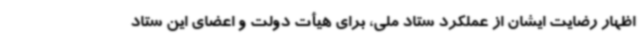
اظهار رضایت ایشان از عملکرد ستاد ملی، برای هیأت دولت و اعضای این ستاد